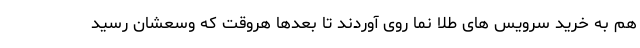
هم به خرید سرویس های طلا نما روی آوردند تا بعدها هروقت که وسعشان رسید